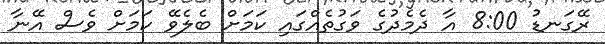
ރޭގަނޑު 8:00 އާ ދެމެދުގެ ވަގުތެއްގައި ކަމަށް ބެލެވޭ ކަމަށް ވެސް އޭނާ